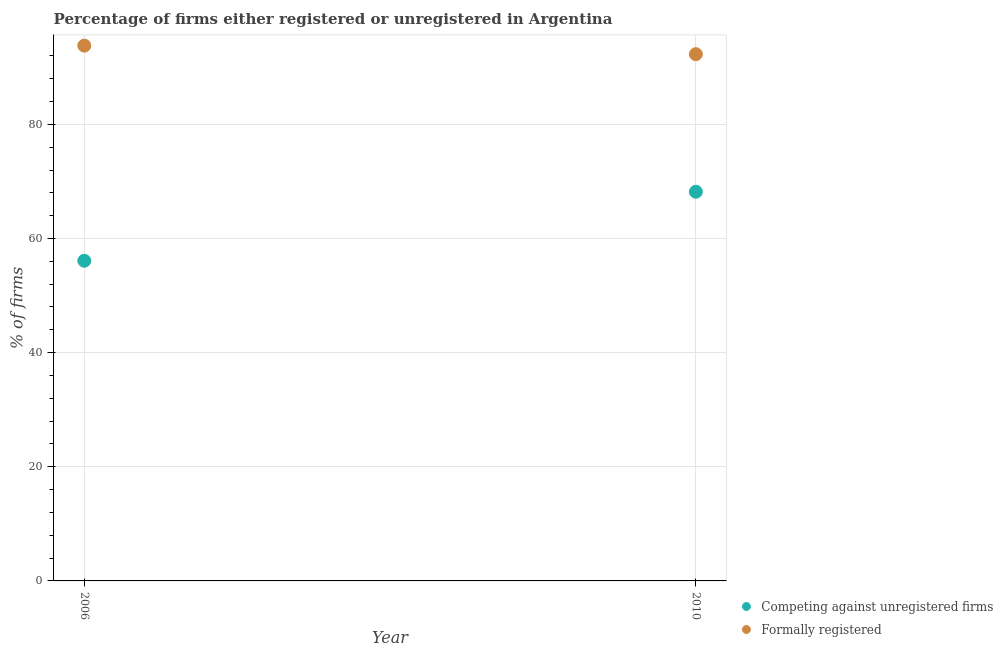
| Year | Competing against unregistered firms | Formally registered |
 | --- | --- | --- |
 | 2006 | 56.1 | 93.8 |
 | 2010 | 68.2 | 92.3 |